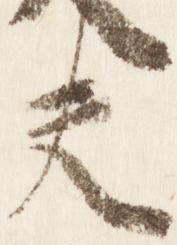
夫